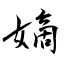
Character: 嫡